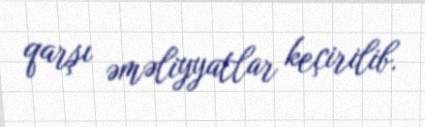
qarşı əməliyyatlar keçirilib.